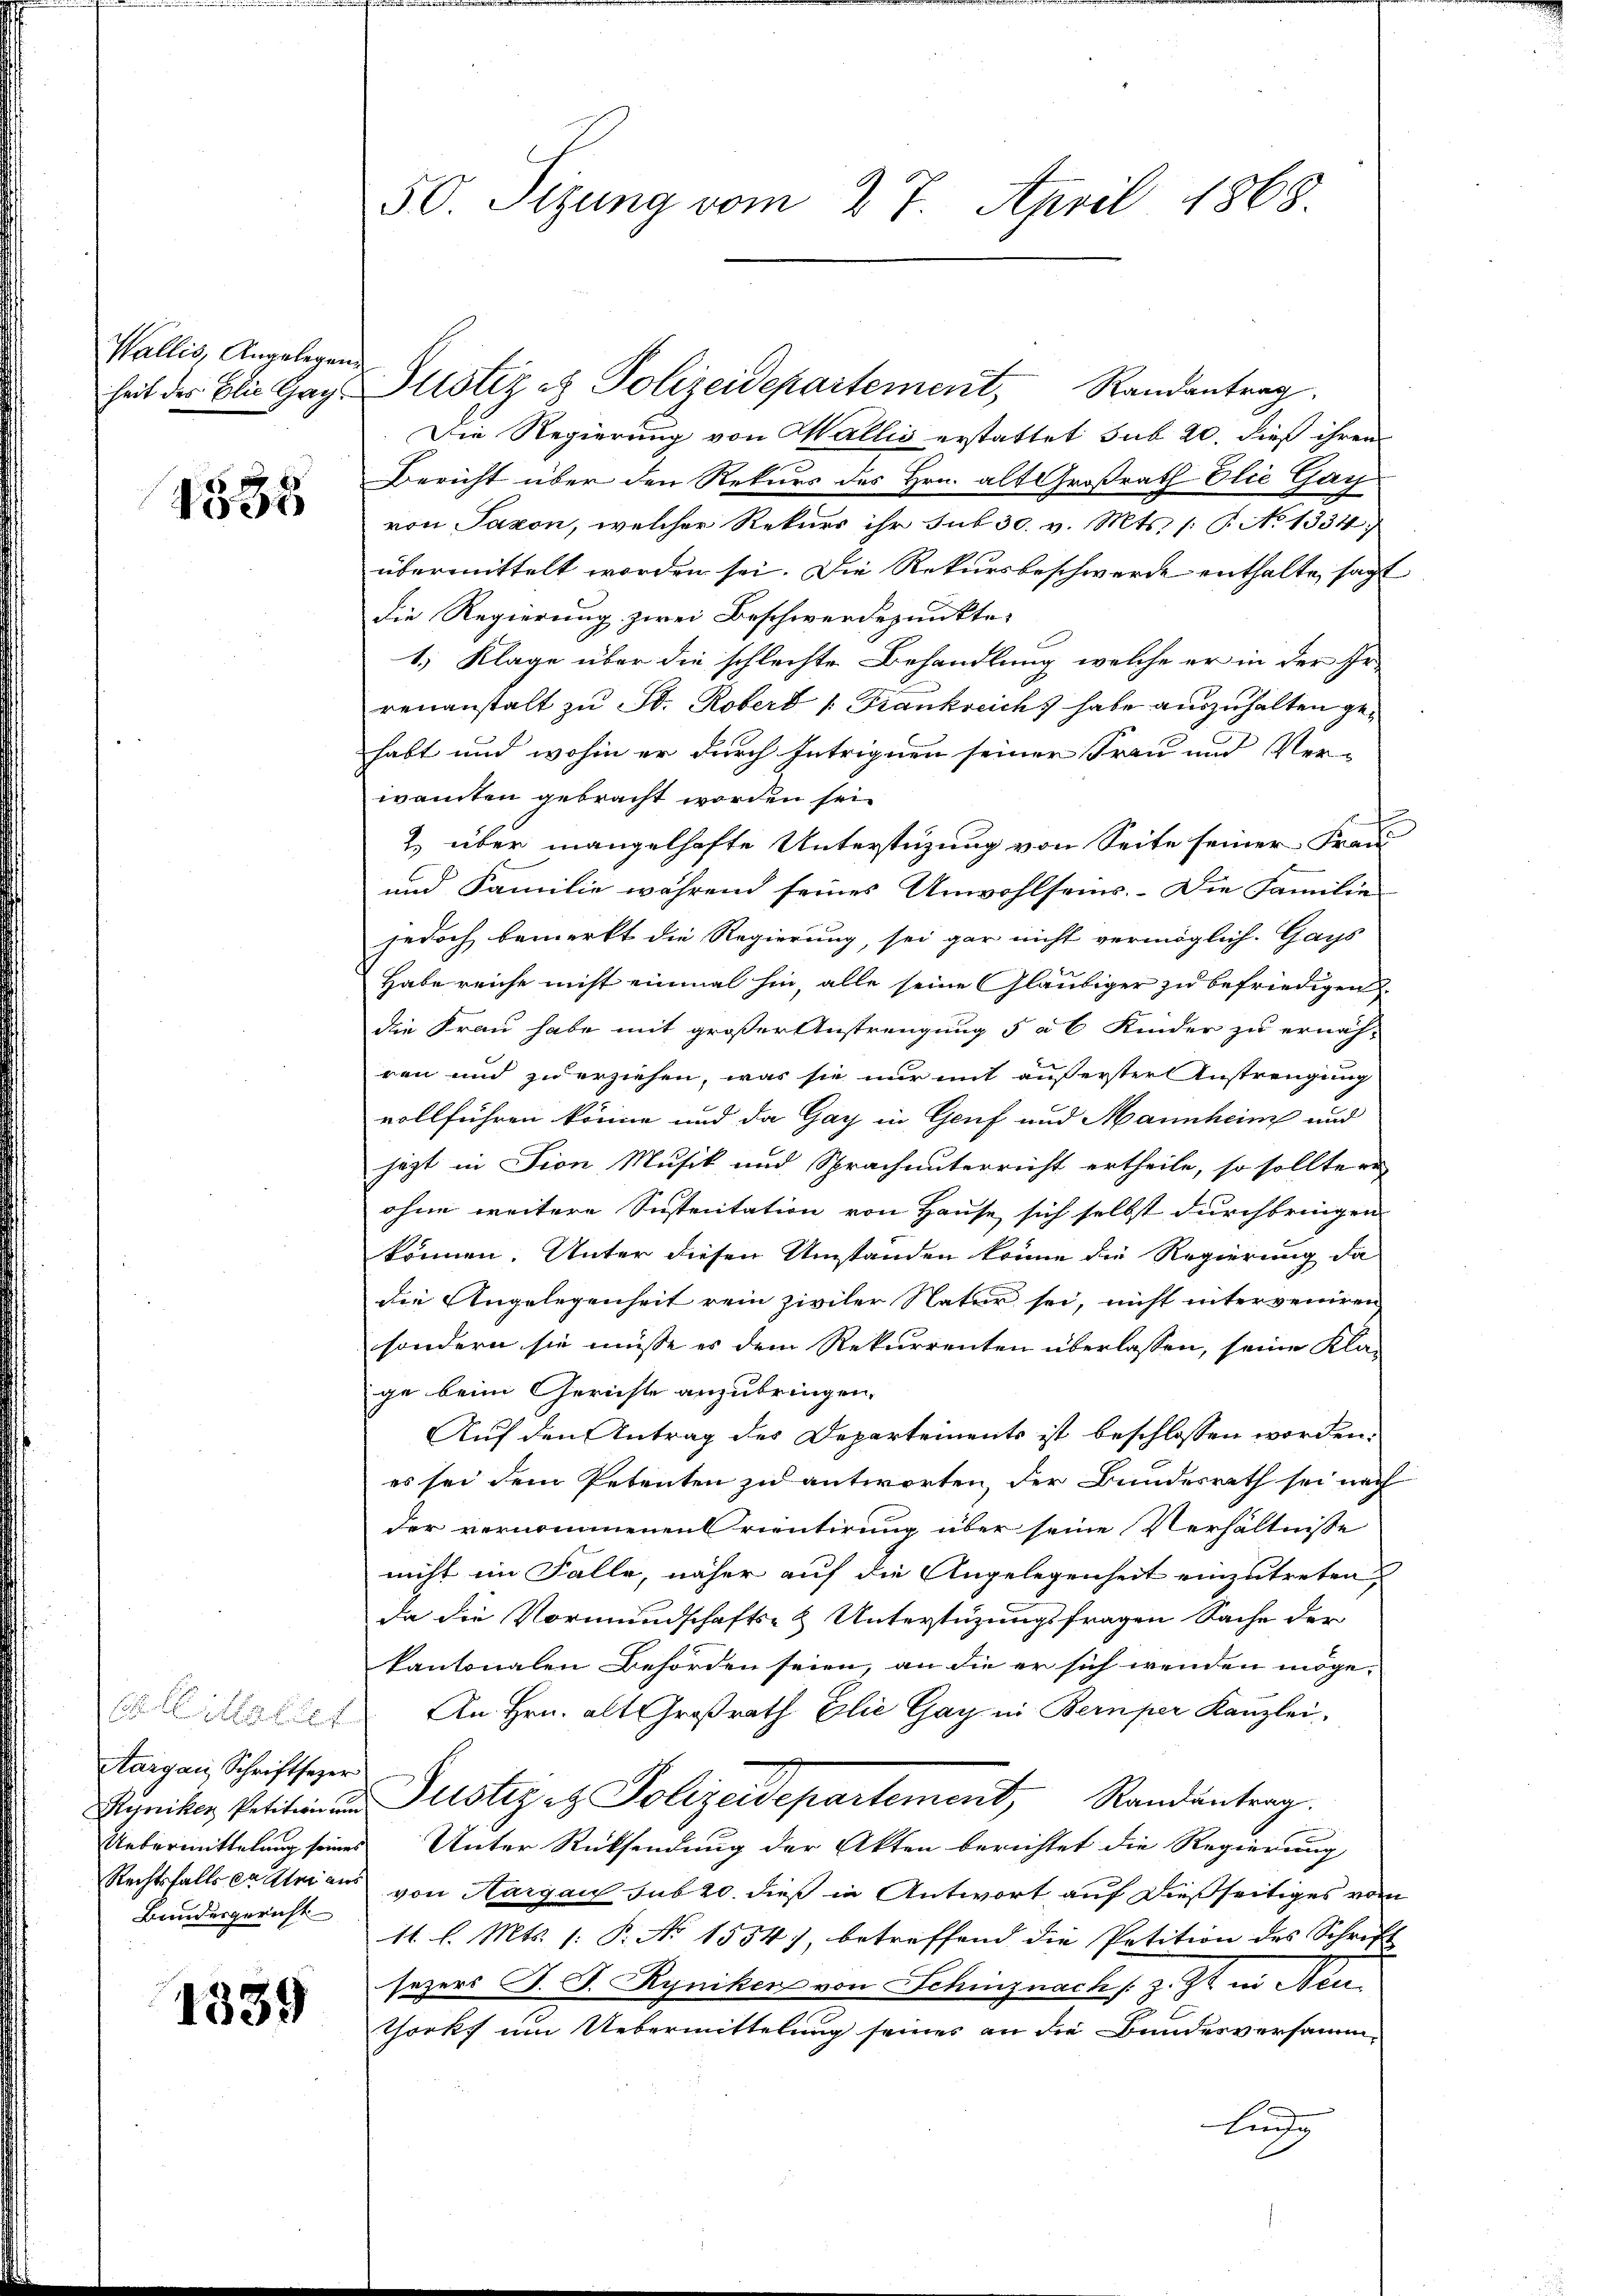
Wallis, Angelegen
heit des Elie Gag

1835

e Mithalter
Aargau, Schriftsezer
Muniken Petition um
Uebermittelung seines
Rechtsfalls er Aber aus
Bundesgericht

1339

50 Sizung vom 27. April 1868

Justiz- & Polizeidepartement, Randantrag
Die Regierung von Wallis erstattet sub 20. dieß ihren
Bericht über den Rekurs des Hrn. alt Großrath Elie Gay
von Saxon, welcher Rekurs ihr sub 30. v. Mts. /: P. No 1334;
übermittelt worden sei. Die Rekursbeschwerde enthalte, sagt
die Regierung zwei Beschwerdepunkte
1. Klage über die schlechte Behandlung, welche er in der Er-
renanstalt zu St. Roberd " Frankreich habe auszuhalten gehabt und wohin er durch Intriguen seiner Frau und Ver-
wanten gebracht worden sei.
2) über mangelhafte Unterstüzung von Seite seiner Frau
und Familie während seines Anwohlseins. Die Familie
jedoch bemerkt die Regierung, sei gar nicht vermöglich. Gays
Habe reiche nicht einmal hin, alle seine Gläubiger zu befriedigen
die Frau habe mit großer Anstrengung 5 à 6 Kinder zu ernäh-
ren und zu erziehen, was sie nur mit äußerster Anstrengung
vollführen könne und da Gay in Genf und Mannheim und
jezt in Fion Musik und Sprach unterricht ertheile, so sollte er
ohne weitere Sustentation von Hause sich selbst durchbringen
können. Unter diesen Umstanden könne die Regierung da
die Angelegenheit rein ziviler Natur sei, nicht interveniren
sondern sie müsse es dem Rekurrenten überlassen, seine Kla-
ge beim Gerichte anzubringen.
Auf den Antrag des Departements ist beschlossen worden:
es sei dem Petenten zu antworten, der Bundesrath sei nach
der vernommenen rientirung über seine Verhältnisse
nicht im Falle, näher auf die Angelegenheit einzutreten
da die Vormundschafts- & Unterstüzungsfragen Sache der
kantonalen Behörden seien, an die er sich wenden möge-
An Hrn. alt Großrath Elie Gay in Bern per Kanzlei-
Justiz et Polizeidepartement, Randantrag.
Unter Rücksendung der Akten berichtet die Regierung
von Aargau sub 20. dieß in Antwort auf dießseitiges vom
11 l. Mts. (: P. No 1554, betreffend die Petition des Schrift
sezers J. J. Ryniken von Schinznach z. Zt. in Neu
Chorks um Uebermittelung seines an die Bundesversamm-
Lin